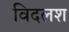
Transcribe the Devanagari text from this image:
विदलश